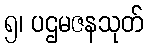
၅၊ ပဌမဇနသုတ်